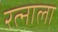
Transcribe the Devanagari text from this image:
रत्‍नाला